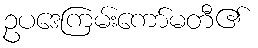
ဥပဒေကြမ်းကော်မတီ၏